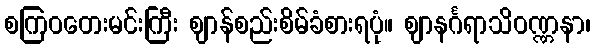
စကြဝတေးမင်းကြီး ဈာန်စည်းစိမ်ခံစားရပုံ။ ဈာနင်္ဂရာသိဝဏ္ဏနာ၊